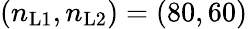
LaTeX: (n_{\mathrm{L1}},n_{\mathrm{L2}})=(80,60)